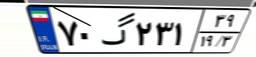
۷۰گ۲۳۱۳۹